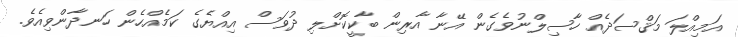
އަމިއްލަ މަޤްސަދެއް ހާސިލްނުވެގެން އޭނާ އާރިން ބާކީކޮށްލި ދުވަސް އިއްޔެގެ ކަމެއްހެން ހަނދާންވިއެވެ.